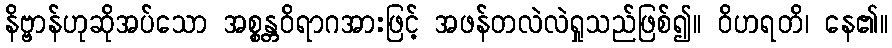
နိဗ္ဗာန်ဟုဆိုအပ်သော အစ္စန္တဝိရာဂအားဖြင့် အဖန်တလဲလဲရှုသည်ဖြစ်၍။ ဝိဟရတိ၊ နေ၏။